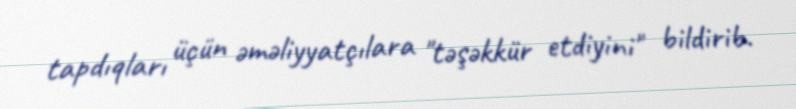
tapdıqları üçün əməliyyatçılara "təşəkkür etdiyini" bildirib.